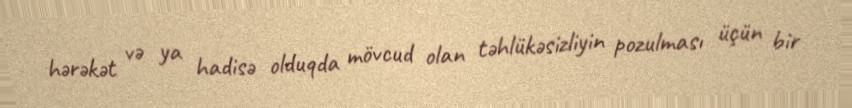
hərəkət və ya hadisə olduqda mövcud olan təhlükəsizliyin pozulması üçün bir